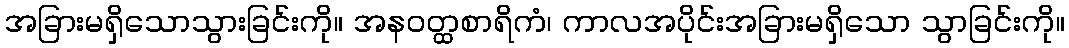
အခြားမရှိသောသွားခြင်းကို။ အနဝတ္ထစာရိကံ၊ ကာလအပိုင်းအခြားမရှိသော သွာခြင်းကို။